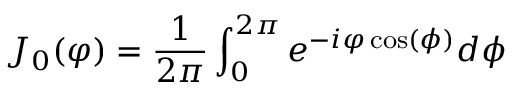
J _ { 0 } ( \varphi ) = \frac { 1 } { 2 \pi } \int _ { 0 } ^ { 2 \pi } e ^ { - i \varphi \cos ( \phi ) } d \phi